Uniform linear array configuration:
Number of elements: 64
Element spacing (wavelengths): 1
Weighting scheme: cosine
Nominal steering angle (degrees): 15
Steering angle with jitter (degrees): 14.698
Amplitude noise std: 0.05
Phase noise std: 0.05

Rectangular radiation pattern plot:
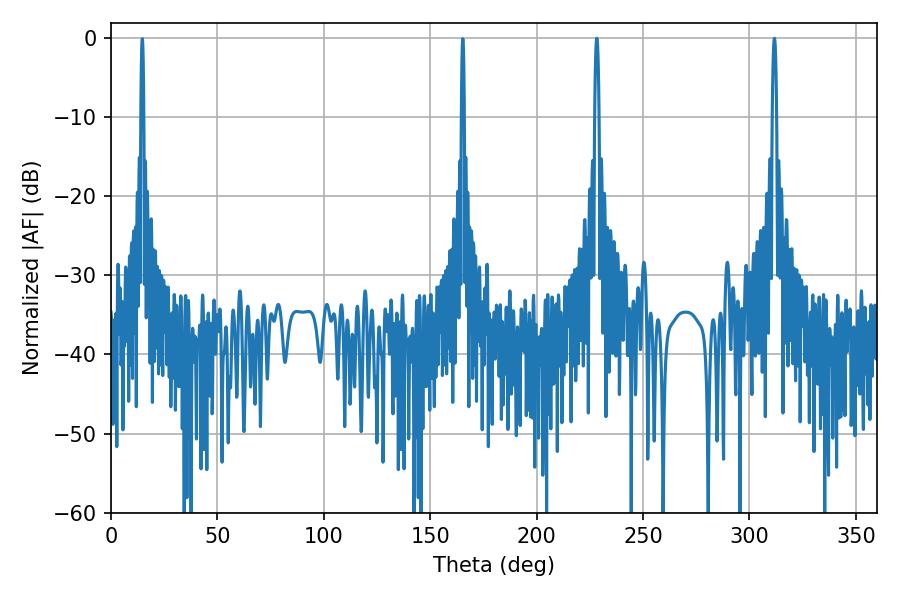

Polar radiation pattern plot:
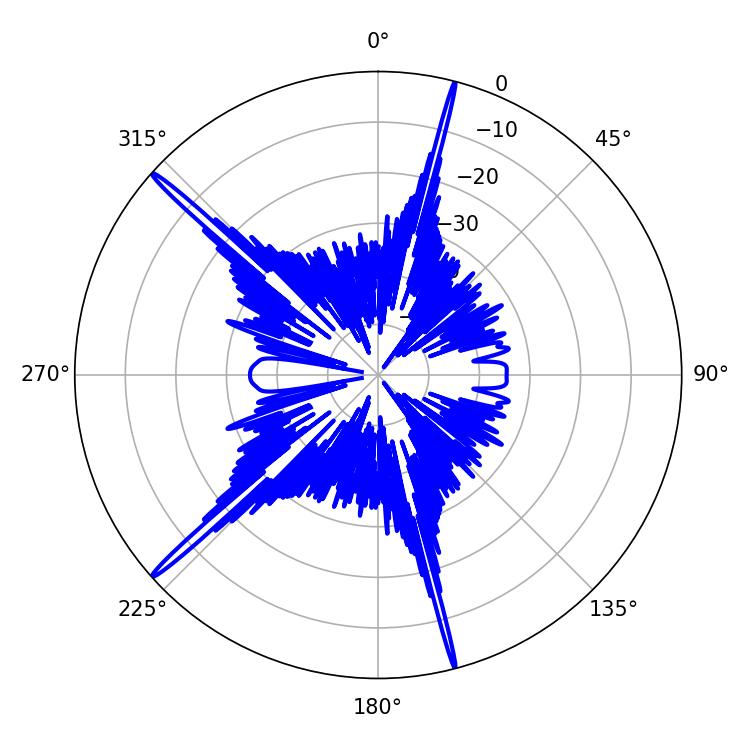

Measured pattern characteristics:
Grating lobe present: TRUE
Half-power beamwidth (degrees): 1.08
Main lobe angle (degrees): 311.76